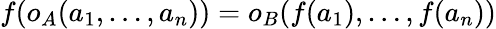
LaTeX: f(o_{A}(a_{1},\dots,a_{n}))=o_{B}(f(a_{1}),\dots,f(a_{n}))